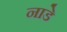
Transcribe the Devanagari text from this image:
नाडे